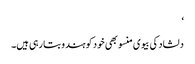
‘
دلشاد کی بیوی منسو بھی خود کو ہندو بتا رہی ہیں۔